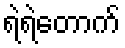
ရဲရဲတောက်